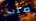
صلب